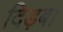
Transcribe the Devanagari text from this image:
दिड़बा